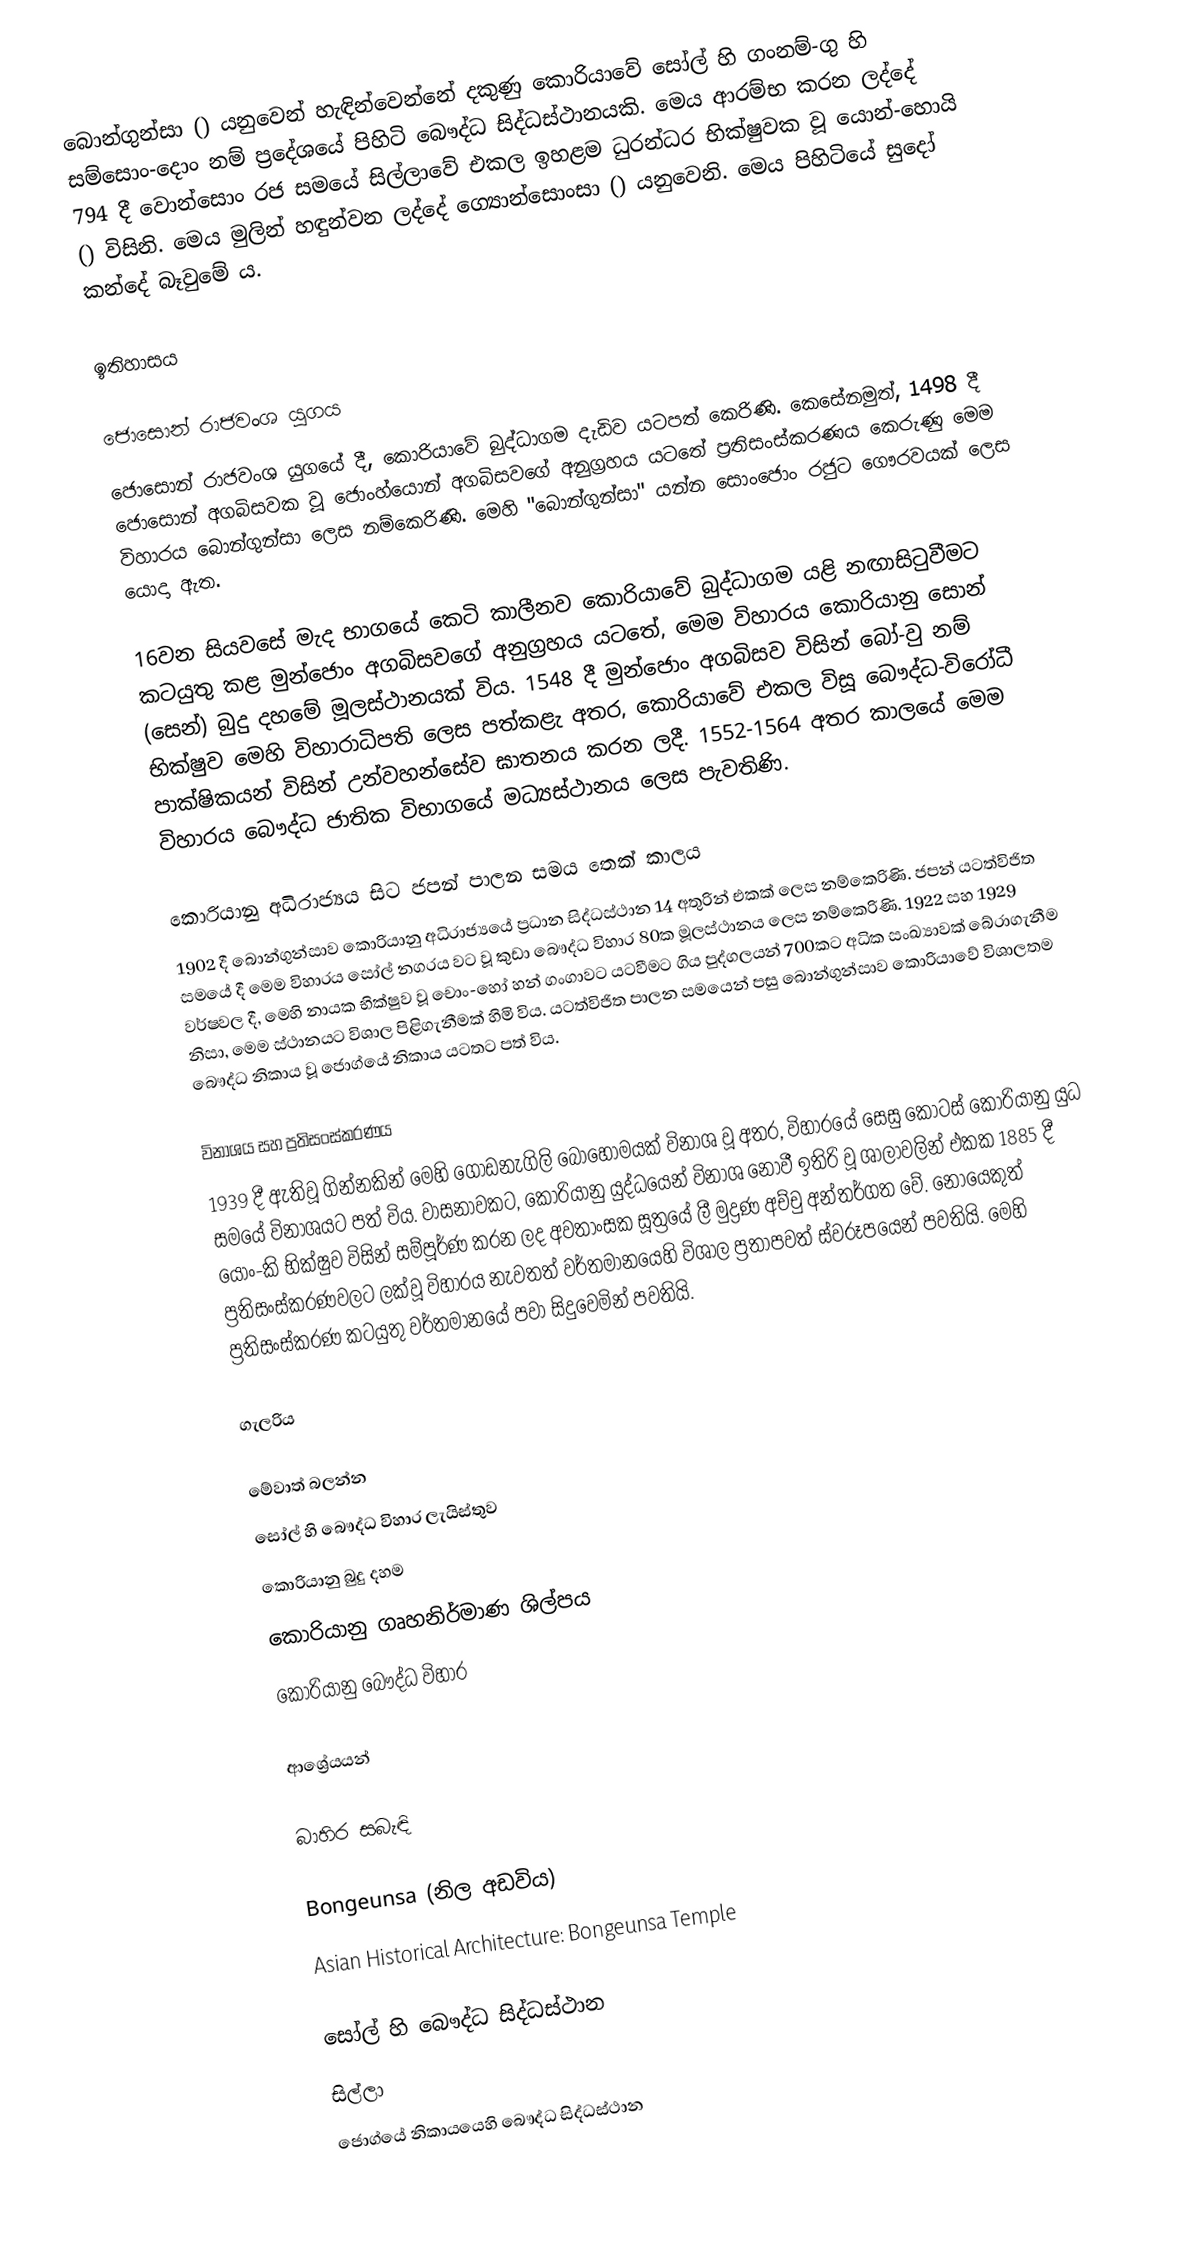
බොන්ගුන්සා () යනුවෙන් හැඳින්වෙන්නේ දකුණු කොරියාවේ සෝල් හි ගංනම්-ගු හි සම්සොං-දොං නම් ප්‍රදේශයේ පිහිටි බෞද්ධ සිද්ධස්ථානයකි. මෙය ආරම්භ කරන ලද්දේ 794 දී වොන්සොං රජ සමයේ සිල්ලාවේ එකල ඉහළම ධුරන්ධර භික්ෂුවක වූ යොන්-හොයි () විසිනි. මෙය මුලින් හඳුන්වන ලද්දේ ග්‍යොන්සොංසා () යනුවෙනි. මෙය පිහිටියේ සුදෝ කන්දේ බෑවුමේ ය.

ඉතිහාසය

ජොසොන් රාජවංශ යුගය
ජොසොන් රාජවංශ යුගයේ දී, කොරියාවේ බුද්ධාගම දැඩිව යටපත් කෙරිණි. කෙසේනමුත්, 1498 දී ජොසොන් අගබිසවක වූ ජොංහ්යොන් අගබිසවගේ අනුග්‍රහය යටතේ ප්‍රතිසංස්කරණය කෙරුණු මෙම විහාරය බොන්ගුන්සා ලෙස නම්කෙරිණි. මෙහි "බොන්ගුන්සා" යන්න සොංජොං රජුට ගෞරවයක් ලෙස යොදා ඇත.

16වන සියවසේ මැද භාගයේ කෙටි කාලීනව කොරියාවේ බුද්ධාගම යළි නඟාසිටුවීමට කටයුතු කළ මුන්ජොං අගබිසවගේ අනුග්‍රහය යටතේ, මෙම විහාරය කොරියානු සොන් (සෙන්) බුදු දහමේ මූලස්ථානයක් විය. 1548 දී මුන්ජොං අගබිසව විසින් බෝ-වු නම් භික්ෂුව මෙහි විහාරාධිපති ලෙස පත්කළැ අතර, කොරියාවේ එකල විසූ බෞද්ධ-විරෝධී පාක්ෂිකයන් විසින් උන්වහන්සේව ඝාතනය කරන ලදී. 1552-1564 අතර කාලයේ මෙම විහාරය බෞද්ධ ජාතික විභාගයේ මධ්‍යස්ථානය ලෙස පැවතිණි.

කොරියානු අධිරාජ්‍යය සිට ජපන් පාලන සමය තෙක් කාලය
1902 දී බොන්ගුන්සාව කොරියානු අධිරාජ්‍යයේ ප්‍රධාන සිද්ධස්ථාන 14 අතුරින් එකක් ලෙස නම්කෙරිණි. ජපන් යටත්විජිත සමයේ දී මෙම විහාරය සෝල් නගරය වට වූ කුඩා බෞද්ධ විහාර 80ක මූලස්ථානය ලෙස නම්කෙරිණි. 1922 සහ 1929 වර්ෂවල දී, මෙහි නායක භික්ෂුව වූ චොං-හෝ හන් ගංගාවට යටවීමට ගිය පුද්ගලයන් 700කට අධික සංඛ්‍යාවක් බේරාගැනීම නිසා, මෙම ස්ථානයට විශාල පිළිගැනීමක් හිමි විය.  යටත්විජිත පාලන සමයෙන් පසු බොන්ගුන්සාව කොරියාවේ විශාලතම බෞද්ධ නිකාය වූ ජොග්යේ නිකාය යටතට පත් විය.

විනාශය සහ ප්‍රතිසංස්කරණය
1939 දී ඇතිවූ ගින්නකින් මෙහි ගොඩනැගිලි බොහෝමයක් විනාශ වූ අතර, විහාරයේ සෙසු කොටස් කොරියානු යුධ සමයේ විනාශයට පත් විය. වාසනාවකට, කොරියානු යුද්ධයෙන් විනාශ නොවී ඉතිරි වූ ශාලාවලින් එකක  1885 දී යොං-කි භික්ෂුව විසින් සම්පූර්ණ කරන ලද අවතාංසක සූත්‍රයේ ලී මුද්‍රණ අච්චු අන්තර්ගත වේ. නොයෙකුත් ප්‍රතිසංස්කරණවලට ලක්වූ විහාරය නැවතත් වර්තමානයෙහි විශාල ප්‍රතාපවත් ස්වරූපයෙන් පවතියි. මෙහි ප්‍රතිසංස්කරණ කටයුතු වර්තමානයේ පවා සිදුවෙමින් පවතියි.

ගැලරිය

මේවාත් බලන්න
සෝල් හි බෞද්ධ විහාර ලැයිස්තුව
කොරියානු බුදු දහම
කොරියානු ගෘහනිර්මාණ ශිල්පය
කොරියානු බෞද්ධ විහාර

ආශ්‍රේයයන්

බාහිර සබැඳි

 Bongeunsa (නිල අඩවිය)
 Asian Historical Architecture: Bongeunsa Temple

සෝල් හි බෞද්ධ සිද්ධස්ථාන
සිල්ලා
ජොග්යේ නිකායයෙහි බෞද්ධ සිද්ධස්ථාන